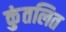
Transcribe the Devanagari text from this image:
कुंतलित